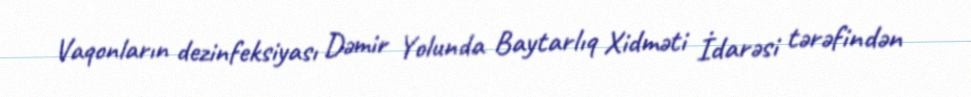
Vaqonların dezinfeksiyası Dəmir Yolunda Baytarlıq Xidməti İdarəsi tərəfindən